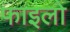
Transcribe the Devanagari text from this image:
फाइलो